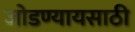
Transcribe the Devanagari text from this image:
जोडण्यायसाठी